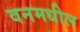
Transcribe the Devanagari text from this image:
वनमधील